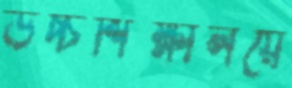
উচ্চশিক্ষালয়ে